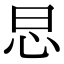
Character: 𢗭